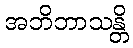
အဘိဘာသန္တိ